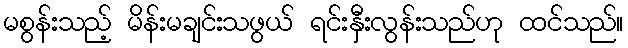
မစွန်းသည့် မိန်းမချင်းသဖွယ် ရင်းနှီးလွန်းသည်ဟု ထင်သည်။